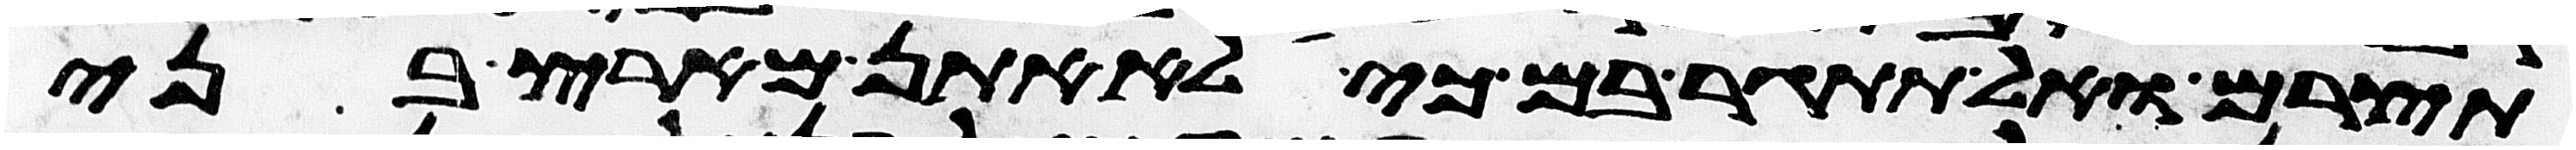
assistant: תצורם ואל תתגר בם כי לא אתן מארץ בני